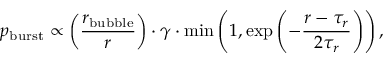
p _ { \mathrm { b u r s t } } \propto \left( \frac { r _ { \mathrm { b u b b l e } } } { r } \right) \cdot \gamma \cdot \operatorname* { m i n } \left( 1 , \exp \left( - \frac { r - \tau _ { r } } { 2 \tau _ { r } } \right) \right) ,